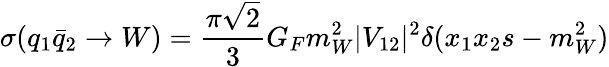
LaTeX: \sigma(q_{1}\bar{q}_{2}\rightarrow W)=\frac{\pi\sqrt{2}}{3}G_{F}m_{W}^{2}|V_{12}|^{2}\delta(x_{1}x_{2}s-m_{W}^{2})